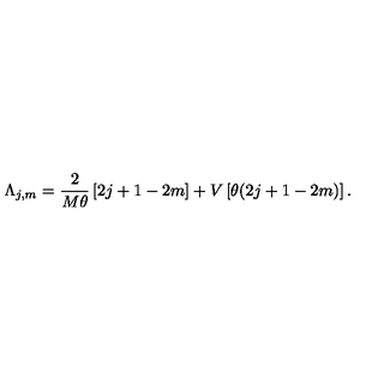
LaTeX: \Lambda _ { j , m } = \frac { 2 } { M \theta } \left[ 2 j + 1 - 2 m \right] + V \left[ \theta ( 2 j + 1 - 2 m ) \right] .